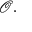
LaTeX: { \mathcal { O } } .